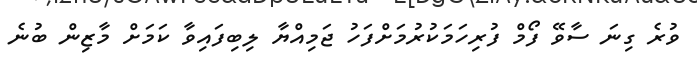
ވުރެ ގިނަ ސާވޭ ފޯމް ފުރިހަަމަކުރުމަށްފަހު ޖަމިއްޔާ ލިބިފައިވާ ކަމަށް މާޒިން ބުނެ